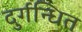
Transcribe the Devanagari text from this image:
दुर्गन्धित